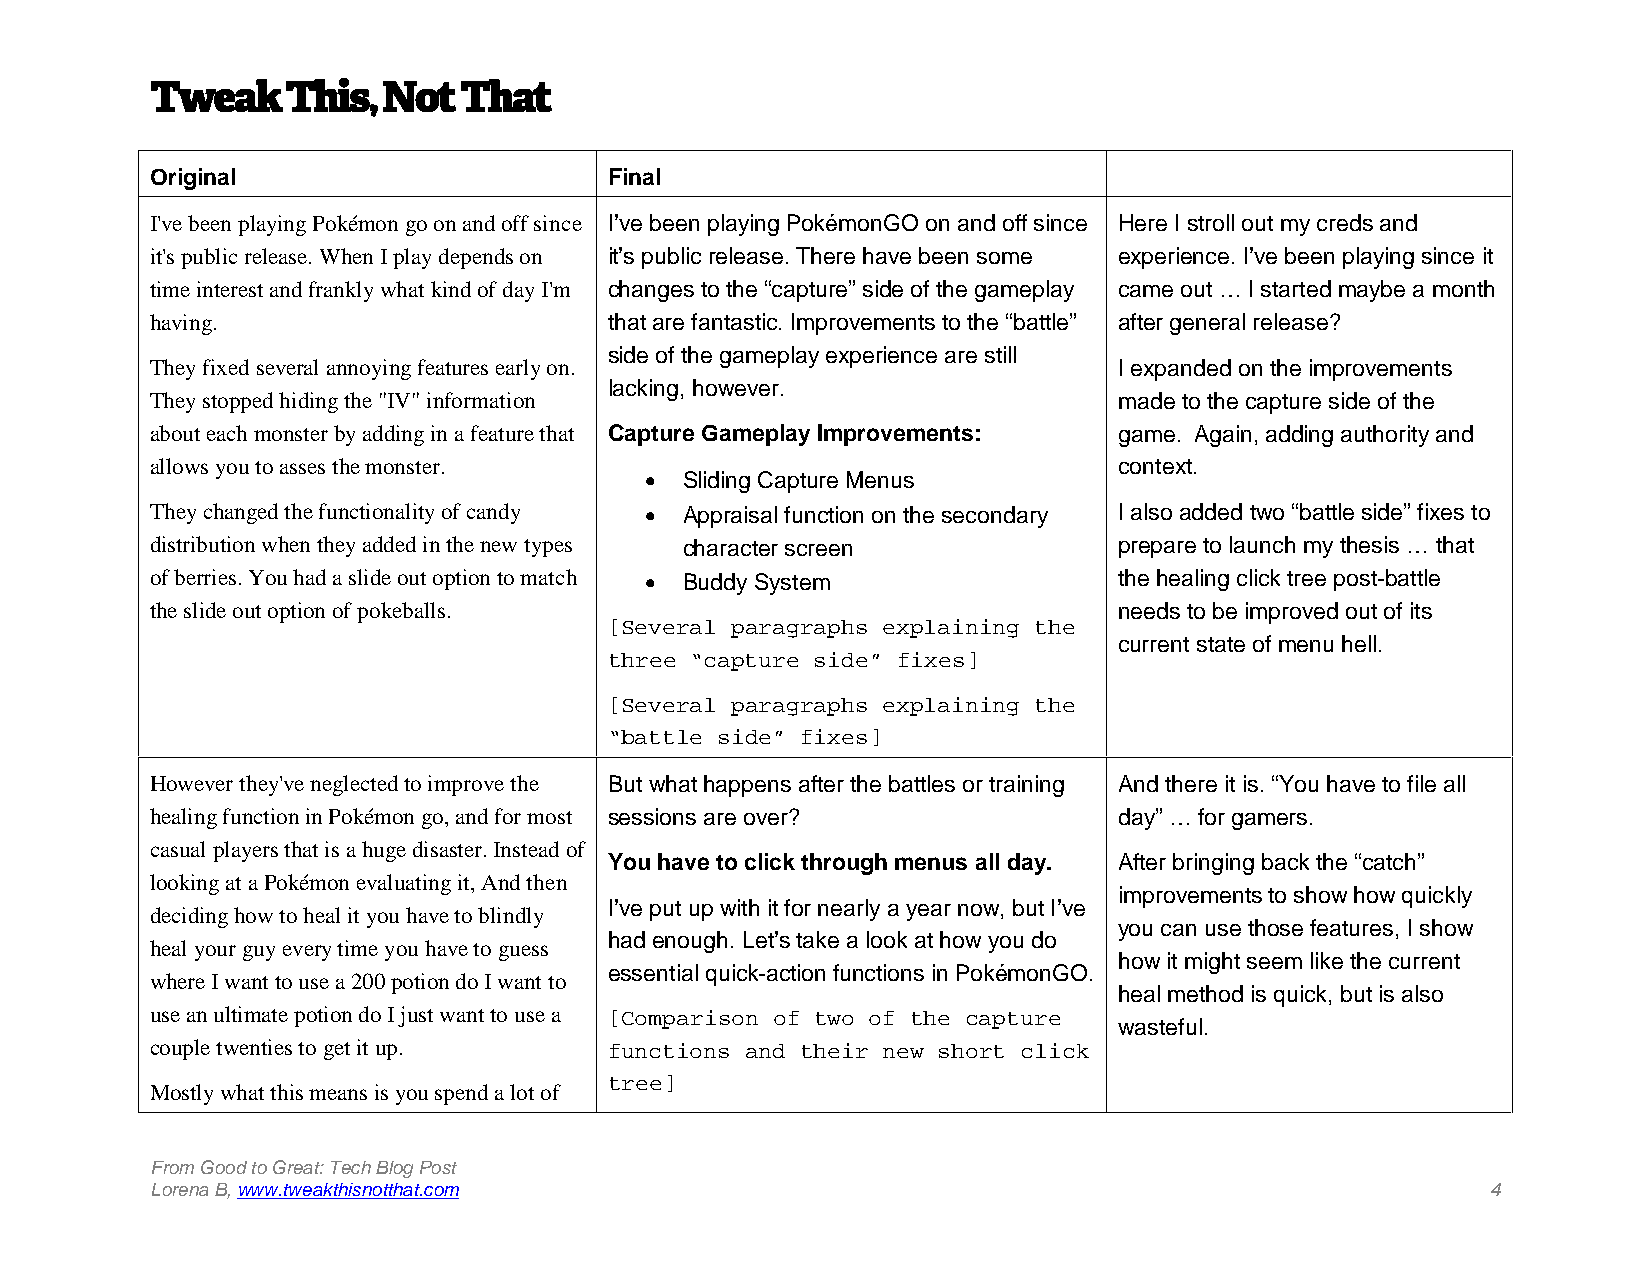
TweakThis,     Not  That
 Original                      Final
 I've been playing Pokémon go on and off since I’ve been playing PokémonGO on and off since Here I stroll out my creds and
 it's public release. When I play depends on it’s public release. There have been some experience. I’ve been playing since it
 time interest and frankly what kind of day I'm changes to the “capture” side of the gameplay came out …I startedmaybe a month
 having.                       that are fantastic. Improvements to the “battle” after general release?
 side of the gameplay experience are still
 They fixed several annoying features early on.                  I expanded on the improvements
 lacking, however.
 They stopped hiding the "IV" information                        made to the capture side of the
 about each monster by adding in a feature that Capture Gameplay Improvements: game. Again, adding authority and
 allows you to asses the monster.                                context.
  Sliding Capture Menus
 They changed the functionality of candy  Appraisal function on the secondary I also added two “battle side” fixes to
 distribution when they added in the new types character screen  prepare to launch my thesis … that
 of berries. You had a slide out option to match  Buddy System  the healing click tree post-battle
 the slide out option of pokeballs.                              needs to be improved out of its
 [Several paragraphs explaining the
 current state ofmenu hell.
 three “capture side” fixes]
 [Several paragraphs explaining the
 “battle side” fixes]
 However they've neglected to improve the But what happens after the battles or training And there it is. “You have to file all
 healing function in Pokémon go, and for most sessions are over? day” … for gamers.
 casual players that is a huge disaster. Instead of
 You have to click through menus all day. After bringing back the “catch”
 looking at a Pokémon evaluating it, And then
 improvements to show how quickly
 I’ve put up with it for nearly a year now, but I’ve
 deciding how to heal it you have to blindly
 you can use those features, I show
 had enough. Let’s take a look at how you do
 heal your guy every time you have to guess
 how it might seem like the current
 essential quick-action functions in PokémonGO.
 where I want to use a 200 potion do I want to
 heal method is quick, but is also
 use an ultimate potion do I just want to use a [Comparison of two of the capture
 wasteful.
 couple twenties to get it up. functions and their new short click
 tree]
 Mostly what this means is you spend a lot of
 From Good to Great: Tech Blog Post
 Lorena B,www.tweakthisnotthat.com                                                        4